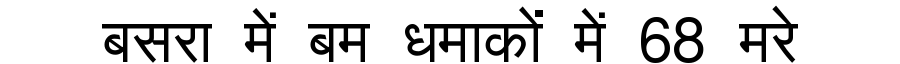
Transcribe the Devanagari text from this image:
बसरा में बम धमाकों में 68 मरे